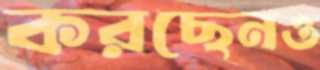
করছেনও